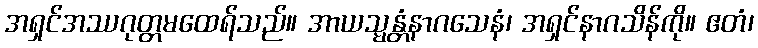
အရှင်အဿဂုတ္တမထေရ်သည်။ အာယသ္မန္တံနာဂသေနံ၊ အရှင်နာဂသိန်ကို။ ဧတံ၊